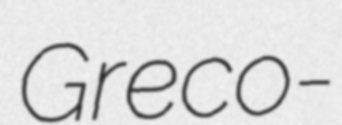
Greco-